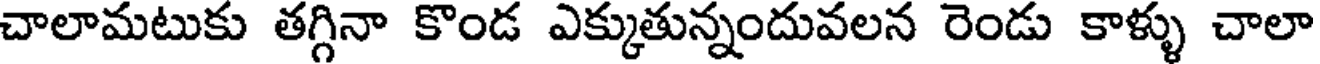
చాలామటుకు తగ్గినా కొండ ఎక్కుతున్నందువలన రెండు కాళ్ళు చాలా